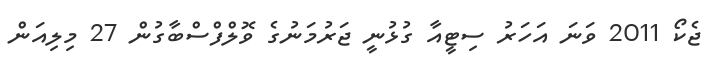
ޖެކޯ 2011 ވަނަ އަހަރު ސިޓީއާ ގުޅުނީ ޖަރުމަނުގެ ވޮލްފްސްބާގުން 27 މިލިއަން